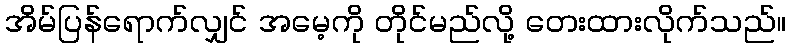
အိမ်ပြန်ရောက်လျှင် အမေ့ကို တိုင်မည်လို့ တေးထားလိုက်သည်။